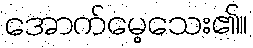
အောက်မေ့သေး၏။